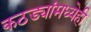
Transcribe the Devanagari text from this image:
कठड्यांमध्येही